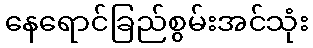
နေရောင်ခြည်စွမ်းအင်သုံး